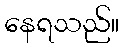
နေရသည်။